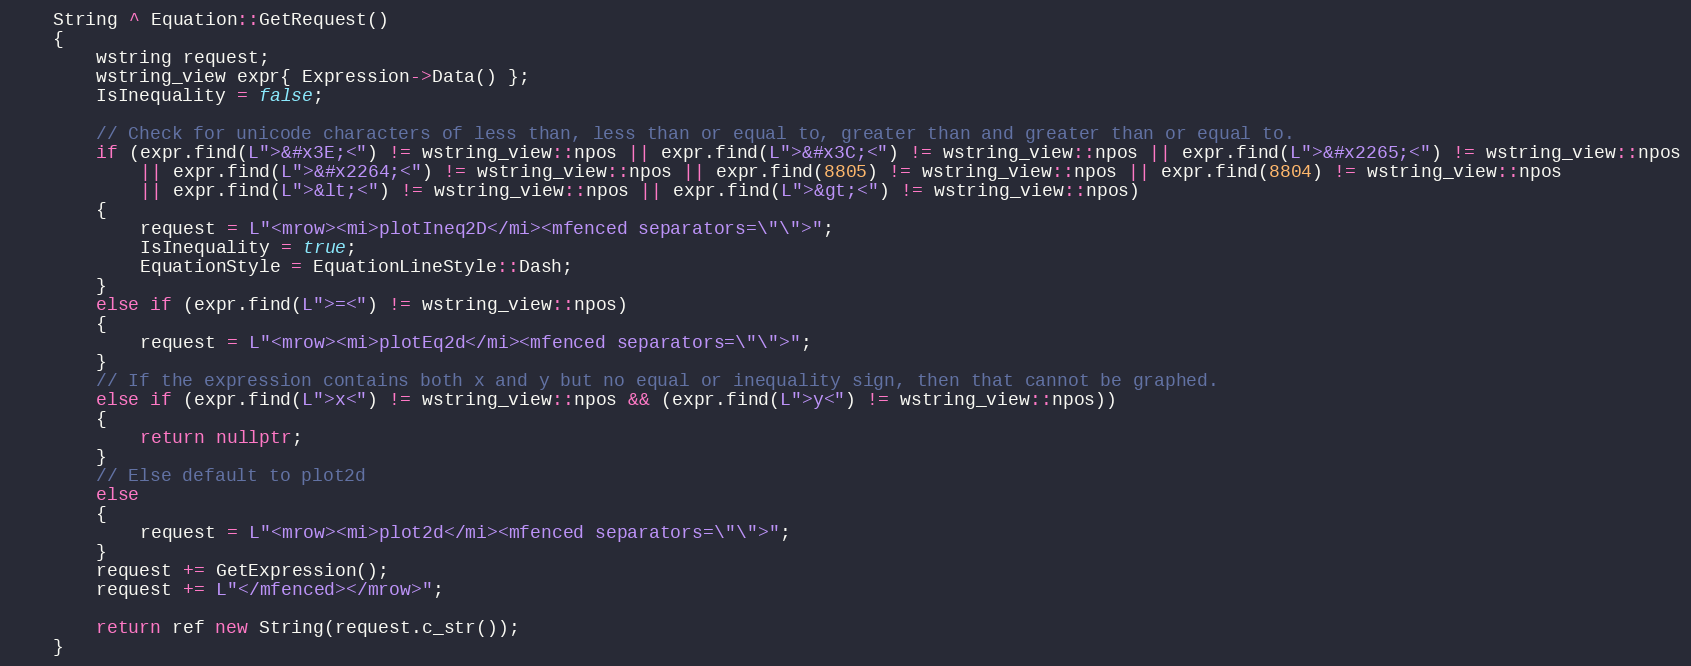
Language: C++
    String ^ Equation::GetRequest()
    {
        wstring request;
        wstring_view expr{ Expression->Data() };
        IsInequality = false;

        // Check for unicode characters of less than, less than or equal to, greater than and greater than or equal to.
        if (expr.find(L">&#x3E;<") != wstring_view::npos || expr.find(L">&#x3C;<") != wstring_view::npos || expr.find(L">&#x2265;<") != wstring_view::npos
            || expr.find(L">&#x2264;<") != wstring_view::npos || expr.find(8805) != wstring_view::npos || expr.find(8804) != wstring_view::npos
            || expr.find(L">&lt;<") != wstring_view::npos || expr.find(L">&gt;<") != wstring_view::npos)
        {
            request = L"<mrow><mi>plotIneq2D</mi><mfenced separators=\"\">";
            IsInequality = true;
            EquationStyle = EquationLineStyle::Dash;
        }
        else if (expr.find(L">=<") != wstring_view::npos)
        {
            request = L"<mrow><mi>plotEq2d</mi><mfenced separators=\"\">";
        }
        // If the expression contains both x and y but no equal or inequality sign, then that cannot be graphed.
        else if (expr.find(L">x<") != wstring_view::npos && (expr.find(L">y<") != wstring_view::npos))
        {
            return nullptr;
        }
        // Else default to plot2d
        else
        {
            request = L"<mrow><mi>plot2d</mi><mfenced separators=\"\">";
        }
        request += GetExpression();
        request += L"</mfenced></mrow>";

        return ref new String(request.c_str());
    }